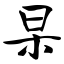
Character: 杲